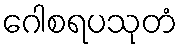
ဂေါစရပသုတံ